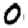
Digit: 0